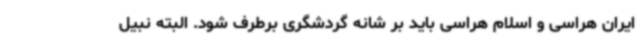
ایران هراسی و اسلام هراسی باید بر شانه گردشگری برطرف شود. البته نبیل